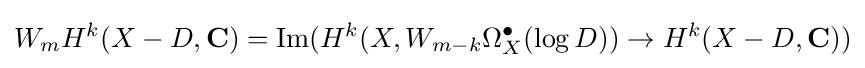
W_{m}H^{k}(X-D,\mathbf {C} )={\text{Im}}(H^{k}(X,W_{m-k}\Omega _{X}^{\bullet }(\log D))\rightarrow H^{k}(X-D,\mathbf {C} ))